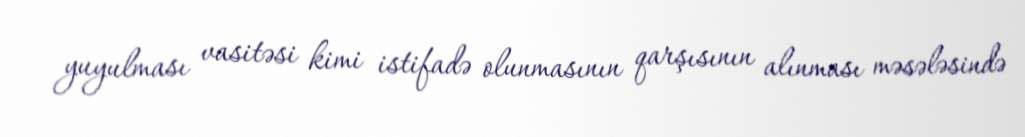
yuyulması vasitəsi kimi istifadə olunmasının qarşısının alınması məsələsində